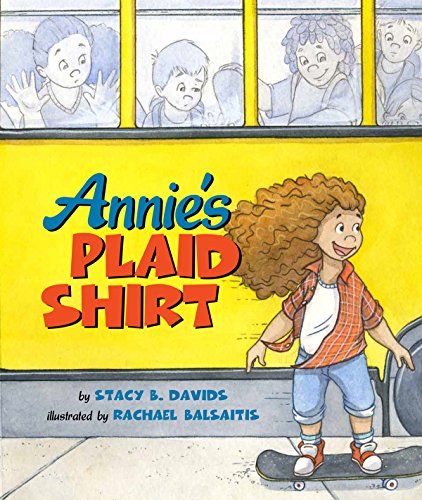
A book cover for Annie's Plaid Shirt; Stacy B. Davids; Gay & Lesbian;